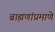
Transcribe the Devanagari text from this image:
ब्राह्मणांप्रमाणे